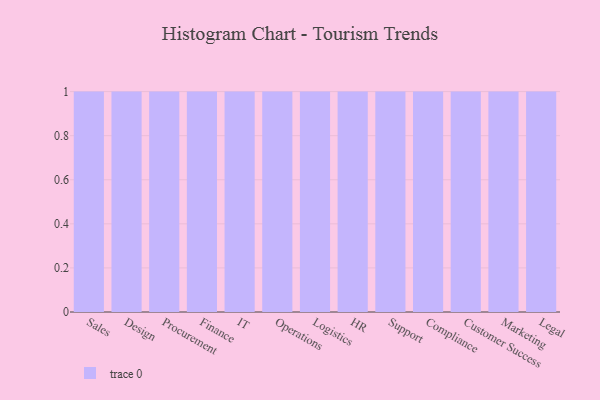
{"axis": {"x": "Department", "y": "Conversion Rate (%)"}, "legend": [""], "data": [{"x": "Sales", "y": 45, "type": ""}, {"x": "Design", "y": 45, "type": ""}, {"x": "Procurement", "y": 5, "type": ""}, {"x": "Finance", "y": 68, "type": ""}, {"x": "IT", "y": 62, "type": ""}, {"x": "Operations", "y": 13, "type": ""}, {"x": "Logistics", "y": 29, "type": ""}, {"x": "HR", "y": 21, "type": ""}, {"x": "Support", "y": 53, "type": ""}, {"x": "Compliance", "y": 73, "type": ""}, {"x": "Customer Success", "y": 70, "type": ""}, {"x": "Marketing", "y": 89, "type": ""}, {"x": "Legal", "y": 70, "type": ""}]}